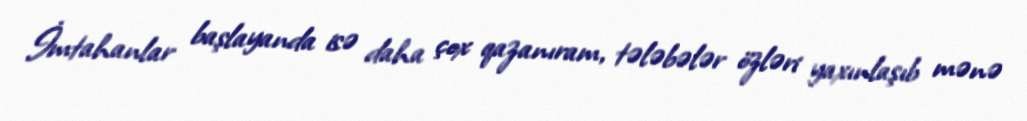
İmtahanlar başlayanda isə daha çox qazanıram, tələbələr özləri yaxınlaşıb mənə